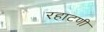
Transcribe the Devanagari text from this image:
रहाटणी